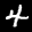
Label: 4